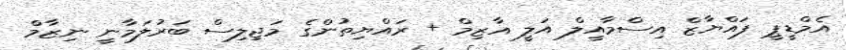
އެމްޑީޕީ ފައްޔާޒް އިސްމާއީލް އަލީ އާޒިމް + ރައްޔިތުންގެ މަޖިލިސް ބަރުލަމާނީ ނިޒާމް